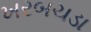
ખરબચડા